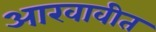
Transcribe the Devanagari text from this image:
आखावीत